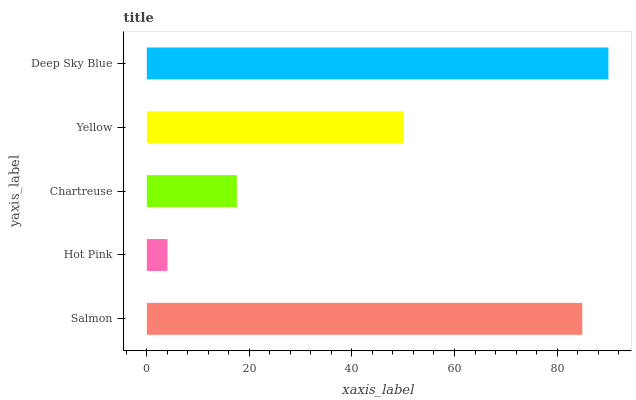
| yaxis_label | bars |
 | --- | --- |
 | Salmon | 84.9 |
 | Hot Pink | 4.02 |
 | Chartreuse | 17.6 |
 | Yellow | 50.1 |
 | Deep Sky Blue | 90 |